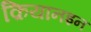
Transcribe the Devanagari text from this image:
क़ियानइन